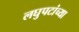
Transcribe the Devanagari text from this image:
लघुपटांच्या